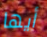
أيها